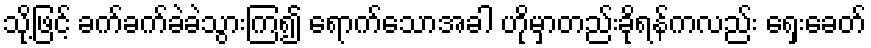
သို့ဖြင့် ခက်ခက်ခဲခဲသွားကြ၍ ရောက်သောအခါ ဟိုမှာတည်းခိုရန်ကလည်း ရှေးခေတ်